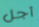
أجل